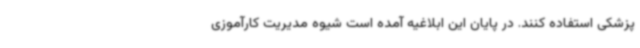
پزشکی استفاده کنند. در پایان این ابلاغیه آمده است شیوه مدیریت کارآموزی